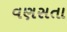
વણસતા